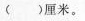
( )厘米。